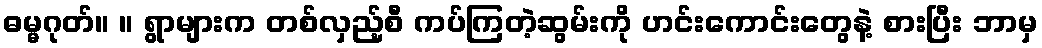
ဓမ္မဂုတ်။ ။ ရွာများက တစ်လှည့်စီ ကပ်ကြတဲ့ဆွမ်းကို ဟင်းကောင်းတွေနဲ့ စားပြီး ဘာမှ